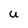
Character: U